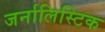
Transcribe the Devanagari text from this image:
जर्नालिस्टिक